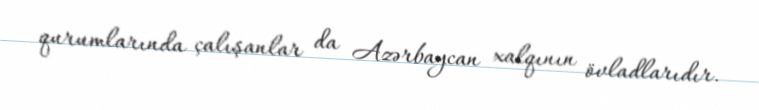
qurumlarında çalışanlar da Azərbaycan xalqının övladlarıdır.